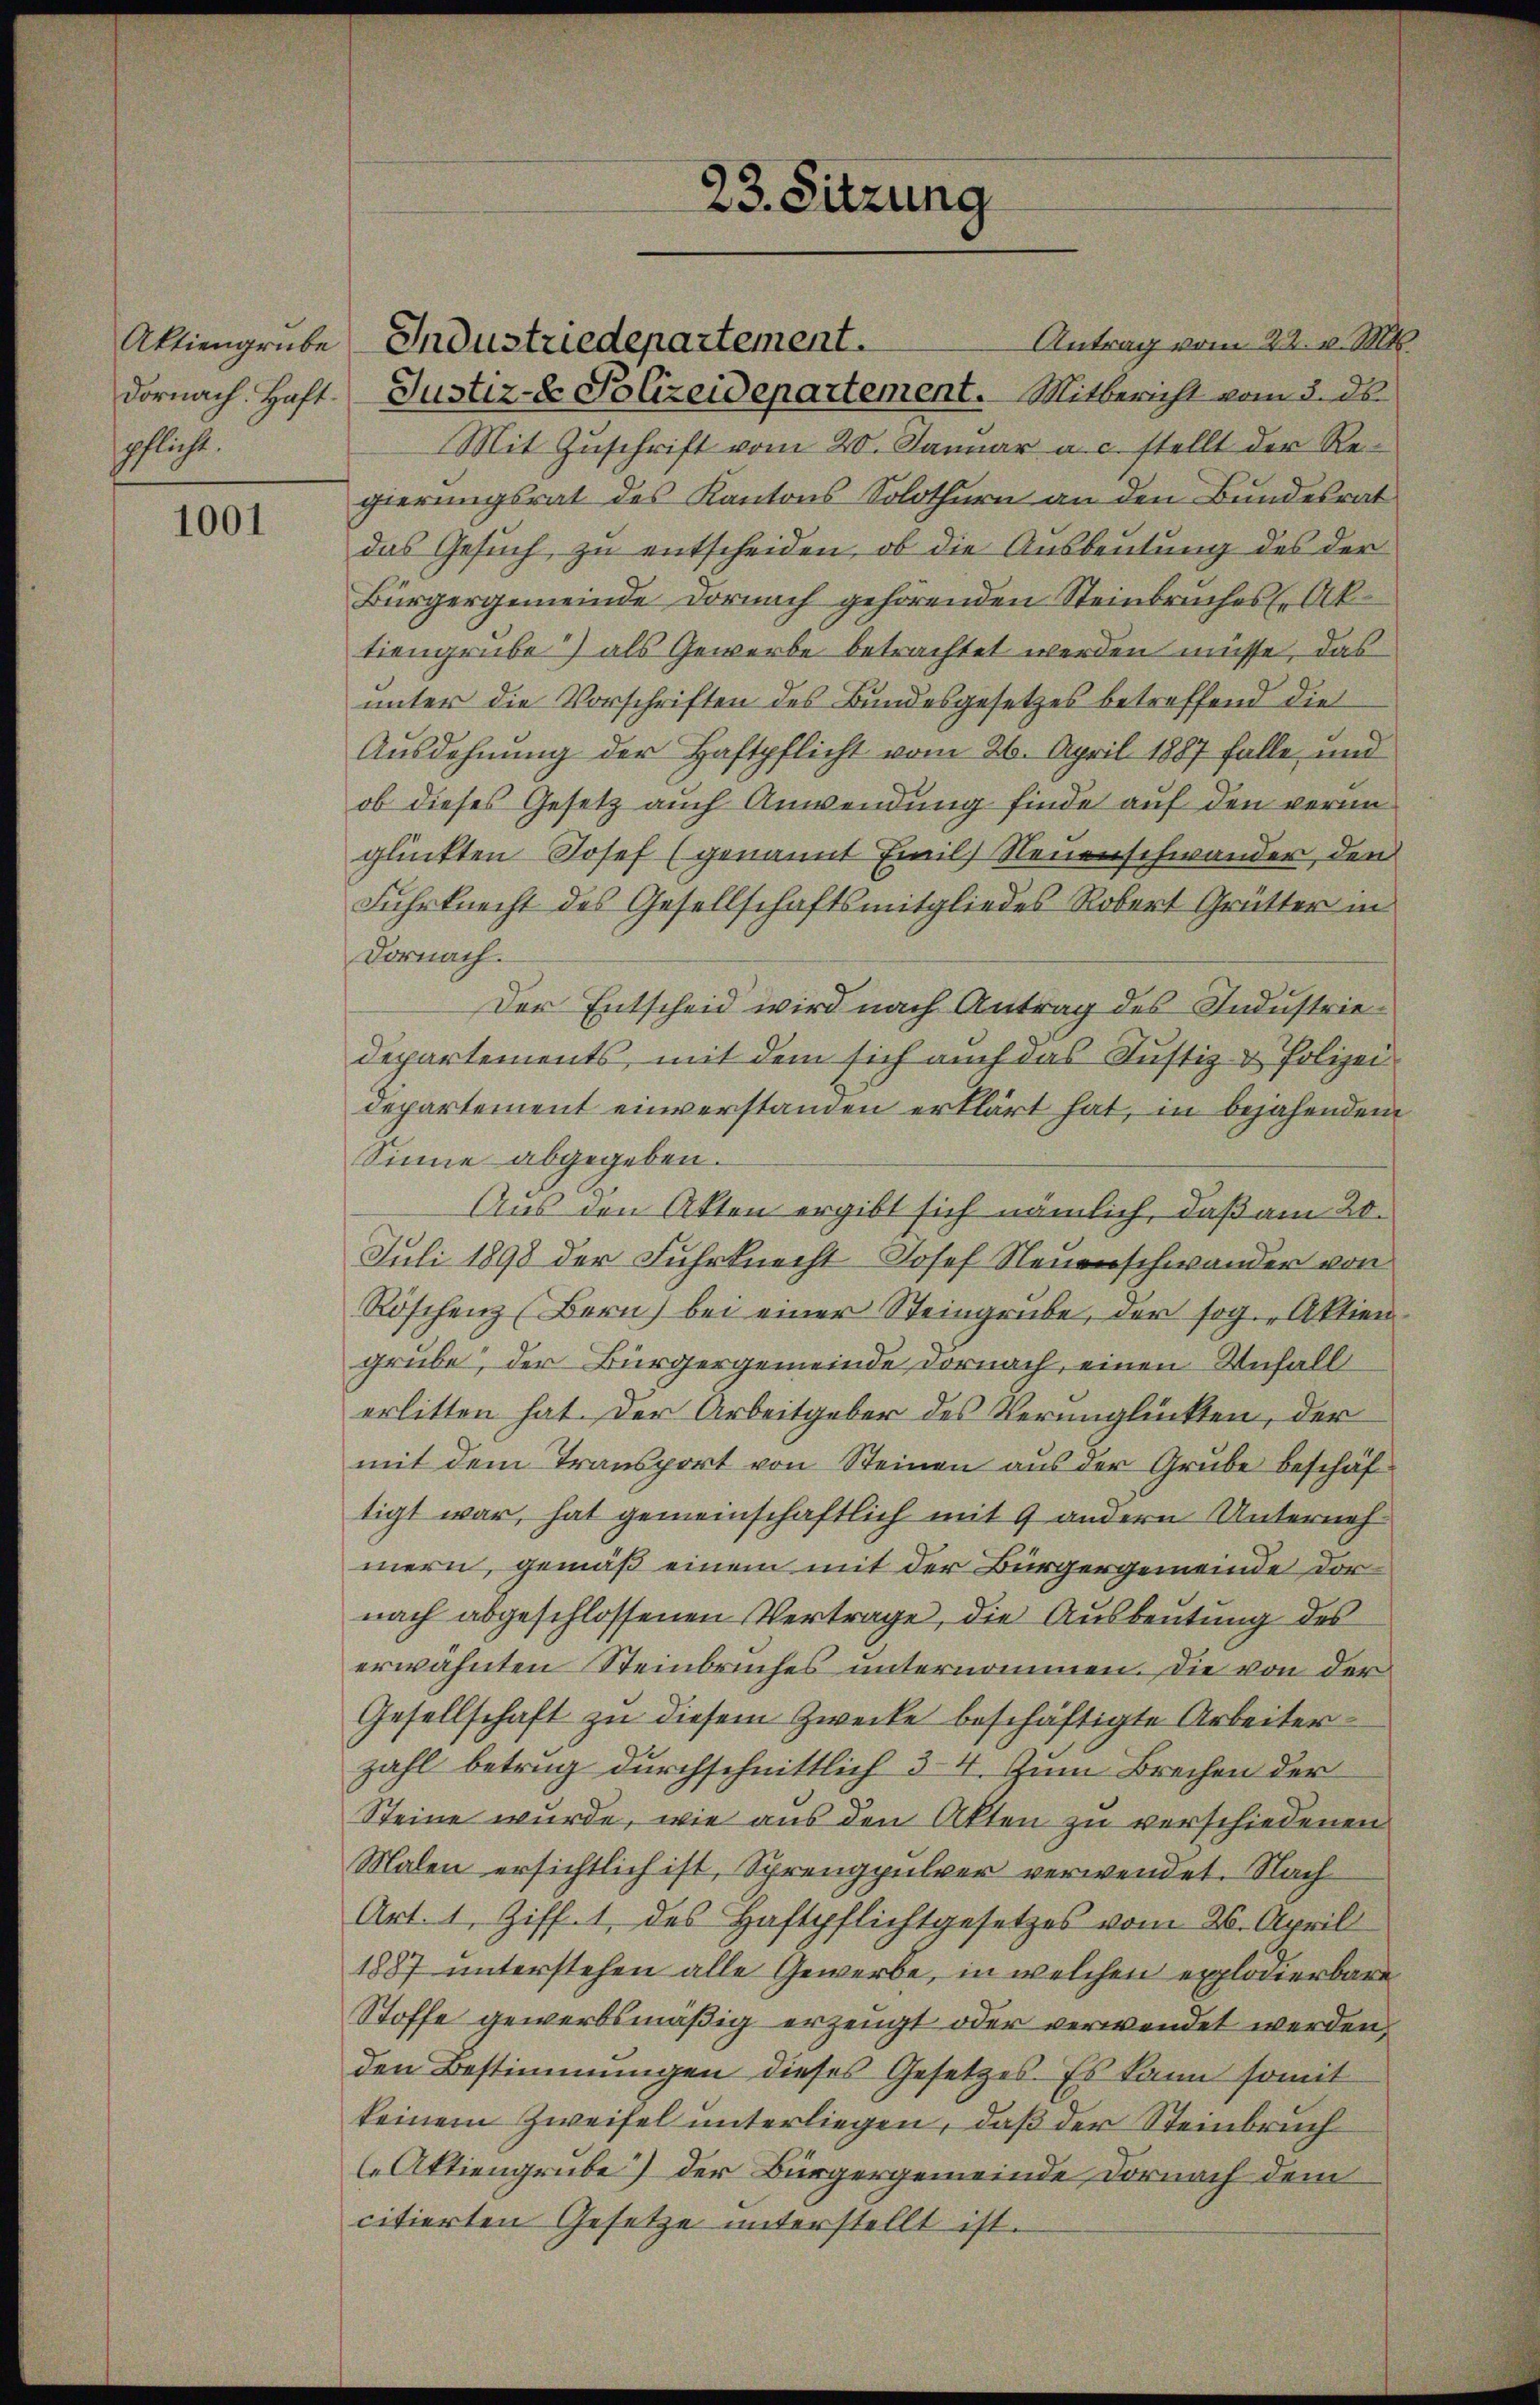
Aktiengrube
Dornach. Haft.
sschlicht.

1001

Industriedepartement.

Antrag vom 22. v. Mts.
Justiz- & Polizeidepartement. Mitbericht vom 3. ds.
Mit Zuschrift vom 20. Januar a. c. stellt der Regierungsrat des Kantons Solothurn an den Bundesrat
das Gesuch zu entscheiden, ob die Ausbeutung des der
Bürgergemeinde Dornach gehörenden Steinbruches Aktiengrube) als Gewerbe betrachtet werden müsse, das
unter die Vorschriften des Bundesgesetzes betreffend die
Ausdehnung der Haftpflicht vom 26. April 1887 falle, und
ob dieses Gesetz auch Anwendung finde auf den veringlückten Josef (genannt Emil Neuenschwander, den
Fuhrknecht des Gesellschaftsmitgliedes Robert Grütter in
Dornach.
Der Entscheid wird nach Antrag des Industriedepartements, mit dem sich auch das Justiz- & Polizeidepartement einverstanden erklärt hat, in bejahendem
Sinne abgegeben.
Aus den Akten ergibt sich nämlich, daß am 20.
Juli 1898 der Fuhrknecht Josef Neuenschwander von
Röschenz (Bern) bei einer Steingrube, der sog. „Aktien
grube, der Bürgergemeinde Dornach, einen Unfall
erlitten hat. Der Arbeitgeber des Verunglückten, der
mit dem Transport von Steinen aus der Grube beschäf
tigt war, hat gemeinschaftlich mit 9 andern Unternehmern, gemäß einem mit der Bürgergemeinde dornach abgeschlossenen Vertrage, die Ausbeutung des
erwähnten Steinbruches unternommen. Die von der
Gesellschaft zu diesem Zwecke beschäftigte Arbeiter
zahl betrug durchschnittlich 34. Zum Brechen der
Steine wurde, wie aus den Akten zu verschiedenen
Malen ersichtlich ist, Sprengpulver verwendet. Nach
Art. 1, Ziff. 1 des Haftpflichtgesetzes vom 26. April
1887 unterstehen alle Gewerbe, in welchen explosierbare
Stoffe gewerbsmäßig erzeugt oder verwendet werden,
den Bestimmungen dieses Gesetzes. Es kann somit
keinem Zweifel unterliegen, daß der Steinbruch
Aktiengrube) der Bürgergemeinde Dornach dem
citierten Gesetze unterstellt ist.

23. Sitzung